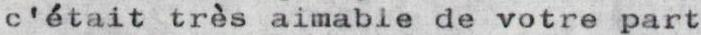
c'était tres aimabie de votre part